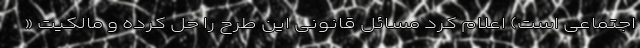
اجتماعی است) اعلام کرد مسائل قانونی این طرح را حل کرده و مالکیت «